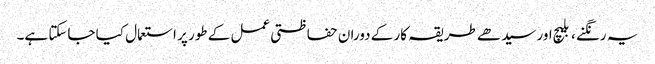
یہ رنگنے ، بلیچ اور سیدھے طریقہ کار کے دوران حفاظتی عمل کے طور پر استعمال کیا جاسکتا ہے۔